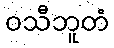
ဝသီဘူတံ